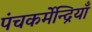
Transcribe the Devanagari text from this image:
पंचकर्मेन्द्रियाँ